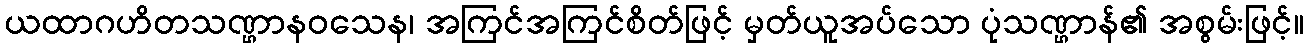
ယထာဂဟိတသဏ္ဌာနဝသေန၊ အကြင်အကြင်စိတ်ဖြင့် မှတ်ယူအပ်သော ပုံသဏ္ဌာန်၏ အစွမ်းဖြင့်။